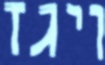
ויגז